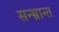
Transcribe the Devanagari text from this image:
सन्भ्रान्त